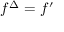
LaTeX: f ^ { \Delta } = f ^ { \prime }